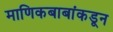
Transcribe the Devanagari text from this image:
माणिकबाबांकडून